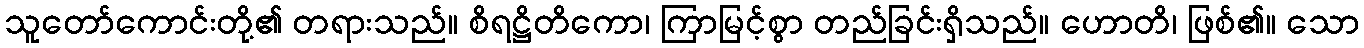
သူတော်ကောင်းတို့၏ တရားသည်။ စိရဋ္ဌိတိကော၊ ကြာမြင့်စွာ တည်ခြင်းရှိသည်။ ဟောတိ၊ ဖြစ်၏။ သော